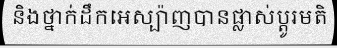
និងថ្នាក់ដឹកអេស្ប៉ាញបានផ្លាស់ប្តូរមតិ